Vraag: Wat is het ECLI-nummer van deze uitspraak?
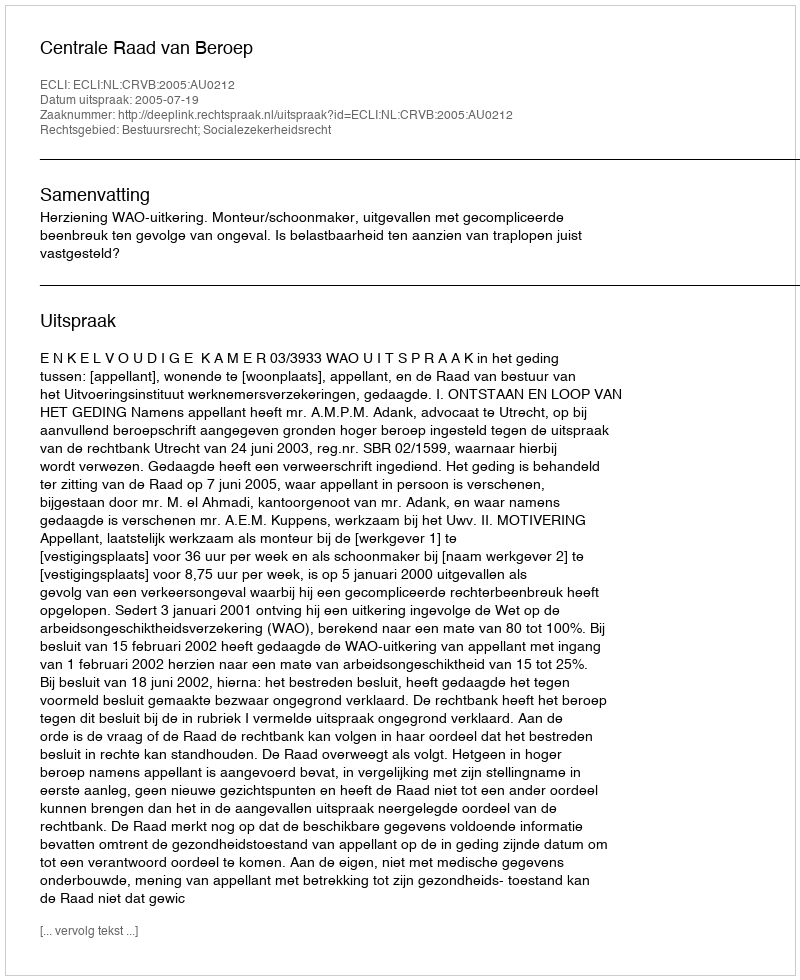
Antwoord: ECLI:NL:CRVB:2005:AU0212